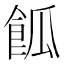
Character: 𩛃